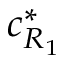
c _ { R _ { 1 } } ^ { * }